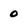
Character: 0